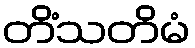
တိံသတိမံ